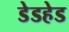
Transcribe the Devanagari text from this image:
डेडहेड